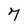
Character: 7